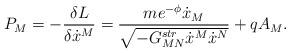
LaTeX: \begin{align*}P_M=-{{\delta L}\over{\delta\dot{x}^M}}={{me^{-\phi}\dot{x}_M}\over\sqrt{-G^{str}_{MN}\dot{x}^M\dot{x}^N}}+qA_M.\end{align*}